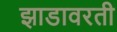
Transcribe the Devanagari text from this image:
झाडावरती